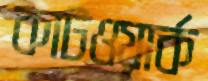
কাটওয়ার্ক